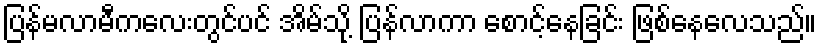
ပြန်မလာမီကလေးတွင်ပင် အိမ်သို့ ပြန်လာကာ စောင့်နေခြင်း ဖြစ်နေလေသည်။